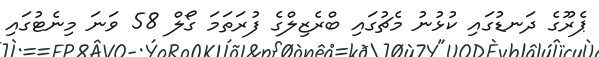
ޕެރޫގެ ދަނޑުގައި ކުޅުނު މެޗުގައި ބްރެޒިލްގެ ފުރަތަމަ ގޯލް 58 ވަނަ މިނެޓުގައި